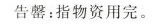
告罄：指物资用完。